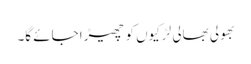
بھولی بھالی لڑکیوں کو چھیڑا جائے گا۔